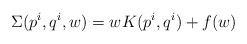
\begin{align*}\Sigma (p^{i},q^{i},w) = wK(p^{i},q^{i}) + f(w)\end{align*}